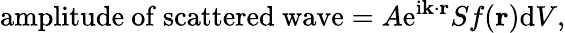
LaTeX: {\mathrm{amplitude~of~scattered~wave}}=A\mathrm{e}^{\mathrm{i}\mathbf{k}\cdot\mathbf{r}}Sf(\mathbf{r})\mathrm{d}V,